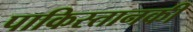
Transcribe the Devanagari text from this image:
पाकिस्तानकी